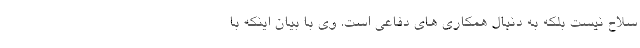
سلاح نیست بلکه به دنبال همکاری های دفاعی است. وی با بیان اینکه با